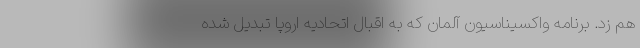
هم زد. برنامه واکسیناسیون آلمان که به اقبال اتحادیه اروپا تبدیل شده